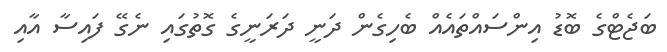
ބަޖެޓްގެ ބޮޑު އިންސައްތައެއް ބެހިގެން ދަނީ ދަރަނީގެ ގޮތުގައި ނެގޭ ފައިސާ އާއި